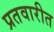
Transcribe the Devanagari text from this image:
प्रतवारीत